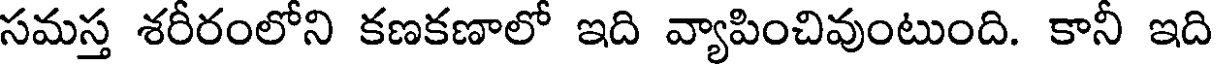
సమస్త శరీరంలోని కణకణాలో ఇది వ్యాపించివుంటుంది. కానీ ఇది